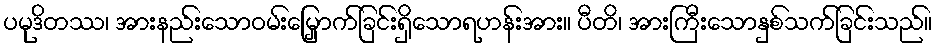
ပမုဒိတဿ၊ အားနည်းသောဝမ်းမြှောက်ခြင်းရှိသောရဟန်းအား။ ပီတိ၊ အားကြီးသောနှစ်သက်ခြင်းသည်။